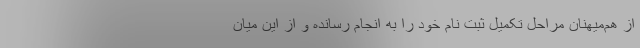
از هم‌میهنان مراحل تکمیل ثبت نام خود را به انجام رسانده و از این میان